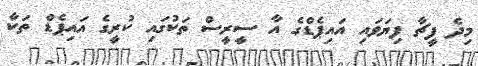
މިދެ ފީޗާ ފިޔަވައި އައިޕެޑްގެ އާ ސީރީސް ތަކުގައި ކުރީގެ އައިޕެޑް ތަކާ